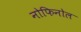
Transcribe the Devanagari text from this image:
नोफिनोल